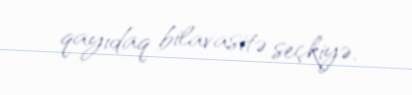
qayıdaq bilavasitə seçkiyə.